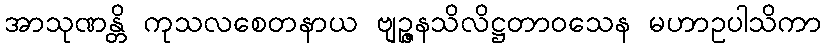
အာသုဏန္တိ ကုသလစေတနာယ ဗျဉ္ဇနသိလိဋ္ဌတာဝသေန မဟာဥပါသိကာ